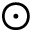
\odot